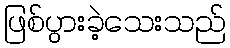
ဖြစ်ပွားခဲ့သေးသည်